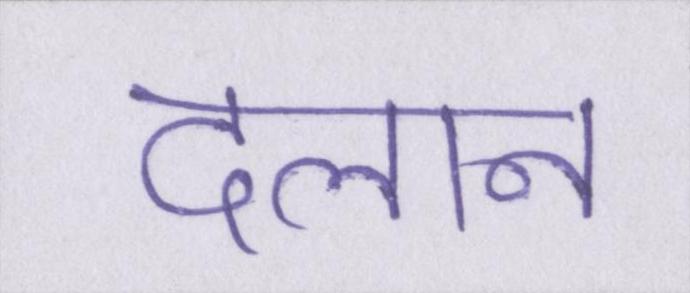
दलान